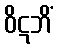
ဝိဋဘိံ